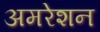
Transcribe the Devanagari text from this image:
अमरेशन